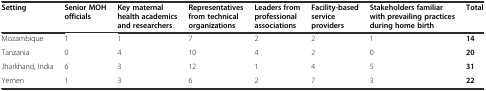
| Setting | Senior MOH officials | Key maternal health academics and researchers | Representatives from technical organizations | Leaders from professional associations | Facility-based service providers | Stakeholders familiar with prevailing practices during home birth | Total |
 | --- | --- | --- | --- | --- | --- | --- | --- |
 | Mozambique | 1 | 1 | 7 | 2 | 2 | 1 | 14 |
 | Tanzania | 0 | 4 | 10 | 4 | 2 | 0 | 20 |
 | Jharkhand, India | 6 | 3 | 12 | 1 | 4 | 5 | 31 |
 | Yemen | 1 | 3 | 6 | 2 | 7 | 3 | 22 |